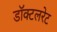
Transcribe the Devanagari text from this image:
डॉक्टलरेट